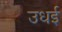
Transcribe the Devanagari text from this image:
उधई